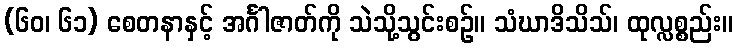
(၆၀၊ ၆၁) စေတနာနှင့် အင်္ဂါဇာတ်ကို သဲသို့သွင်းစဉ်။ သံဃာဒိသိသ်၊ ထုလ္လစ္စည်း။